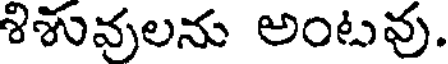
శిశువులను అంటవు.